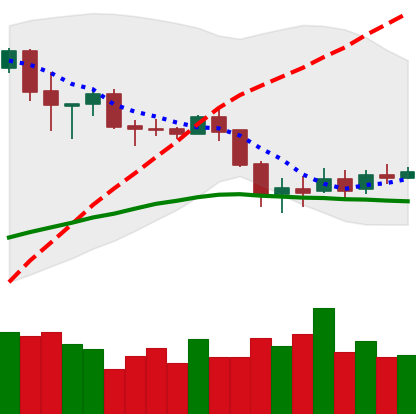
Ticker: BNB-USD
Chart end date: 2020-03-04
Forward return: -16.977%
Label: down_7plus